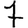
Digit: 7